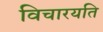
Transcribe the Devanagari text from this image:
विचारयति